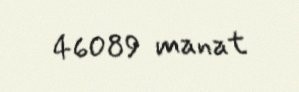
46089 manat